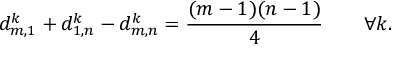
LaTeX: d _ { m , 1 } ^ { k } + d _ { 1 , n } ^ { k } - d _ { m , n } ^ { k } = \frac { ( m - 1 ) ( n - 1 ) } { 4 } \qquad \forall k .